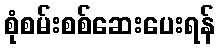
စုံစမ်းစစ်ဆေးပေးရန်